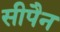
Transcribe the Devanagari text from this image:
सीपैन